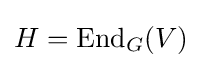
H=\operatorname {End} _{G}(V)